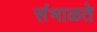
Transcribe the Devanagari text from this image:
संभाळते